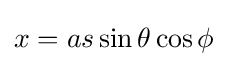
x=as\sin \theta \cos \phi